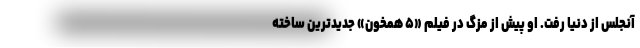
آنجلس از دنیا رفت. او پیش از مزگ در فیلم «۵ همخون» جدیدترین ساخته